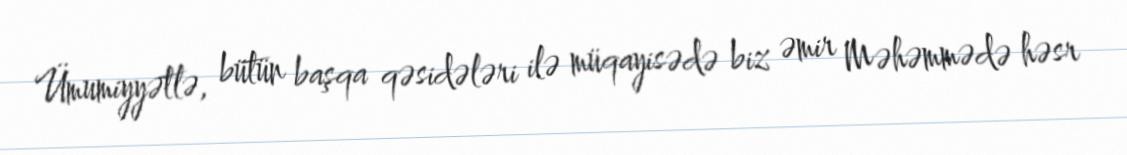
Ümumiyyətlə, bütün başqa qəsidələri ilə müqayisədə biz əmir Məhəmmədə həsr